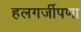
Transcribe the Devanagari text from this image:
हलगर्जीपणा